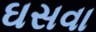
ઘસવા